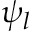
\psi _ { l }